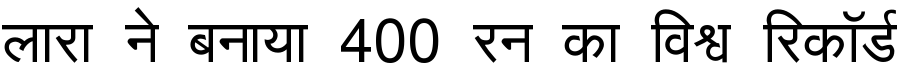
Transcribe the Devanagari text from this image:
लारा ने बनाया 400 रन का विश्व रिकॉर्ड